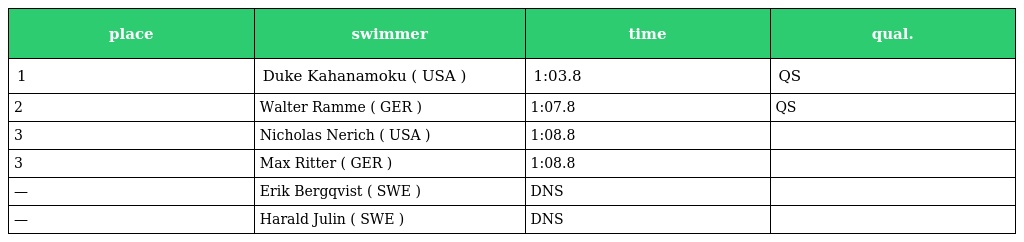
| place | swimmer | time | qual. |
 | --- | --- | --- | --- |
 | 1 | Duke Kahanamoku ( USA ) | 1:03.8 | QS |
 | 2 | Walter Ramme ( GER ) | 1:07.8 | QS |
 | 3 | Nicholas Nerich ( USA ) | 1:08.8 |  |
 | 3 | Max Ritter ( GER ) | 1:08.8 |  |
 | — | Erik Bergqvist ( SWE ) | DNS |  |
 | — | Harald Julin ( SWE ) | DNS |  |